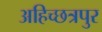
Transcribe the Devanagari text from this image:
अहिच्छत्रपुर